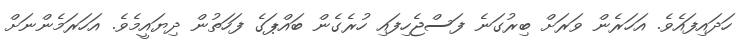
ހަދައިފައެވެ. އަހަރެން ވަރަށް ބިރުގަނެ ފަސްޖެހިފައި ހުރެގެން ބައްޕަގެ ފަހަތުން ދިޔައީމެވެ. އަހަރަމެންނަށް